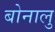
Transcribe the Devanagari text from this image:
बोनालु